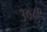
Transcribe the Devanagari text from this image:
३०८९